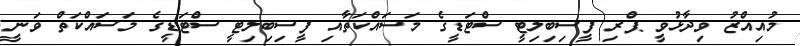
މުއިއްޒު ވިދާޅުވީ ޕްރި ފީސިބިލިޓީ ސްޓަޑީގެ މަސައްކަތާއި ފީސިބިލިޓީ ސްޓަޑީގެ މަސައްކަތް ވަނީ